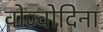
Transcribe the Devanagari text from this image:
वोज्वोदिना